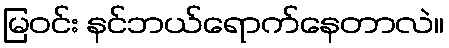
မြဝင်း နင်ဘယ်ရောက်နေတာလဲ။